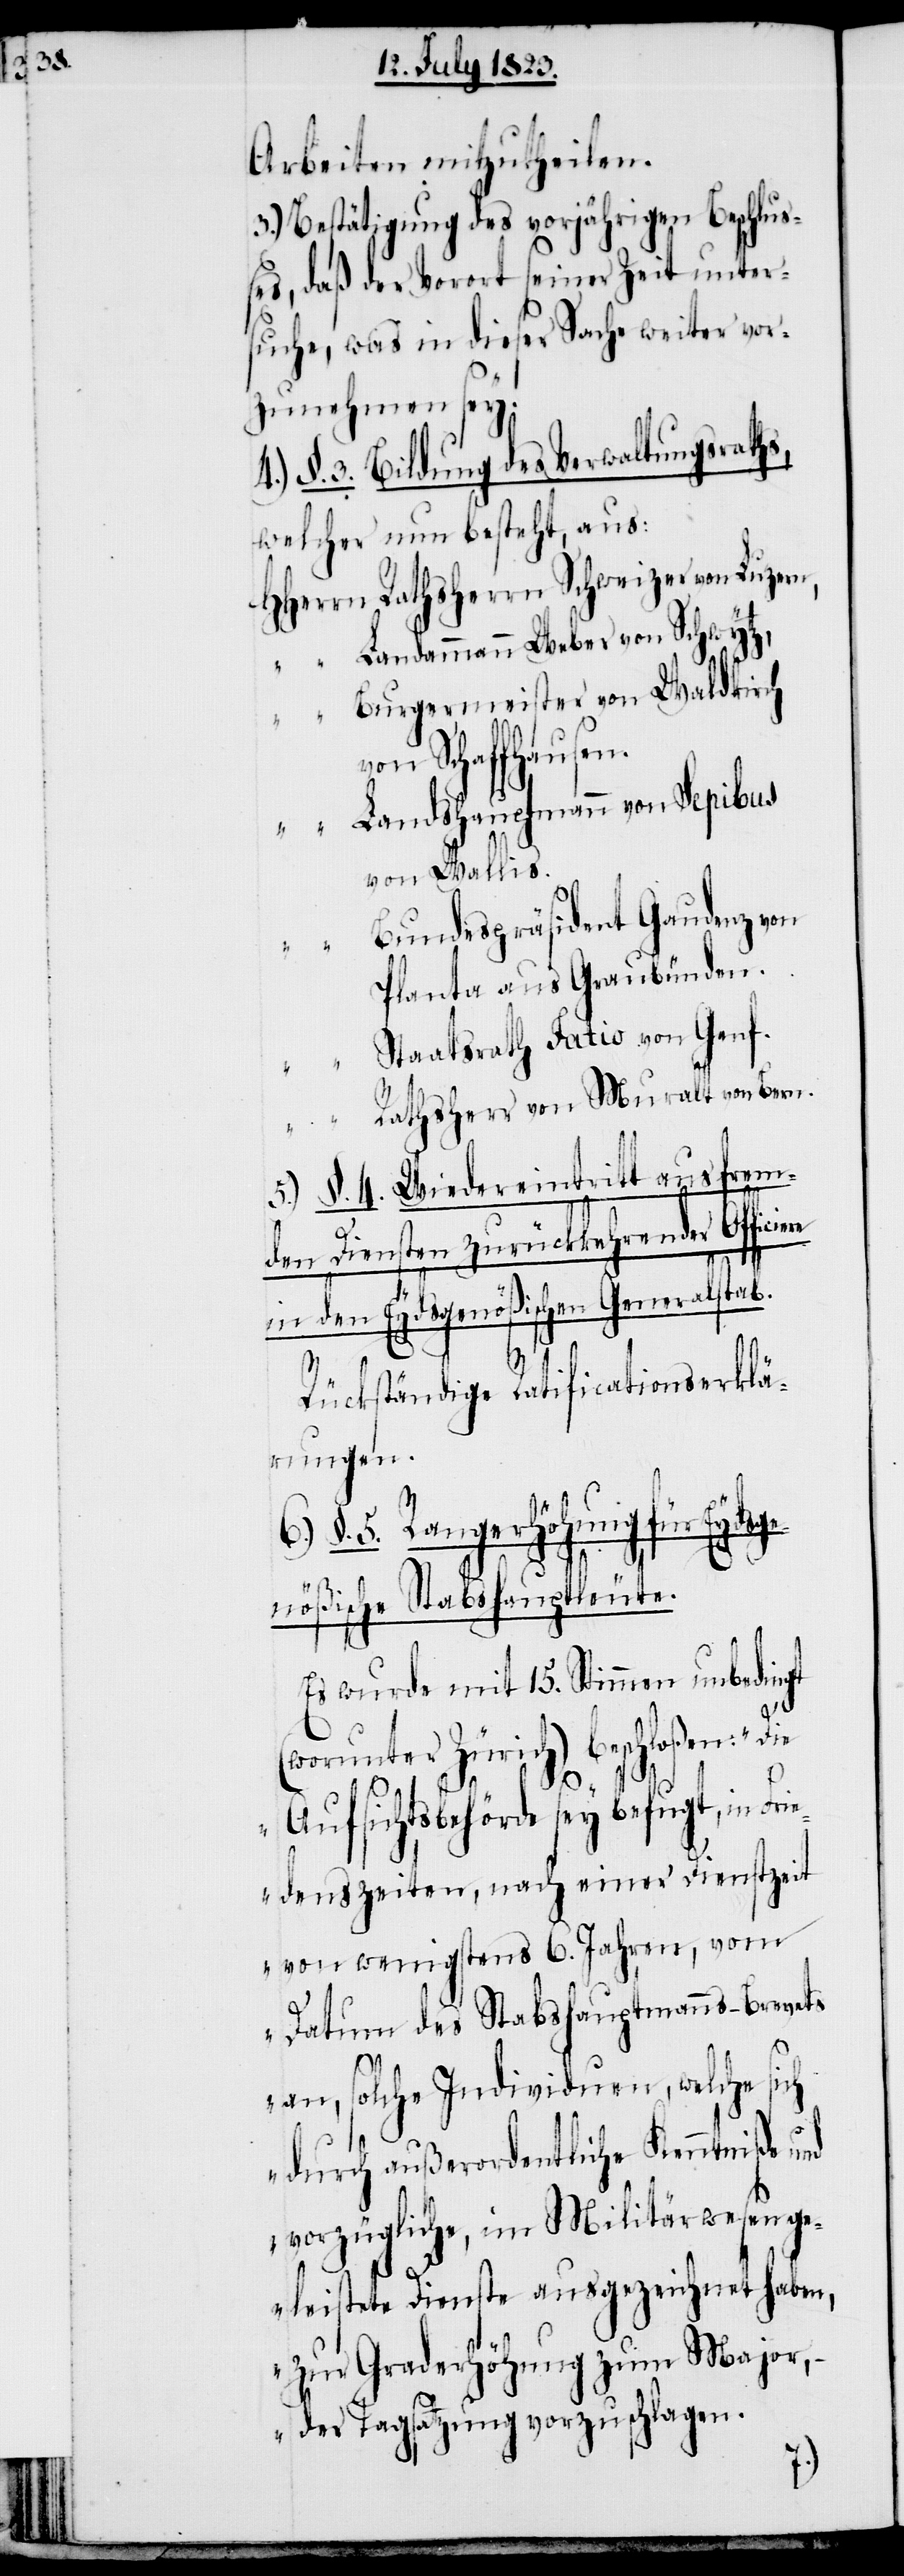
Arbeiten mitzutheilen.
3.) Bestätigung des vorjährigen Beschluß¬
es, daß der Vorort seiner Zeit unter¬
suche, was in dieser Sache weiter vor¬
zunehmen sey.
§. 3. Bildung des Verwaltungsraths,
welcher nun besteht, aus:
HHerrn Rathsherrn Schweizer von Luzern,
„ Landammann Weber von Schwytz,
Burgermeister von Waldkirch
von Schaffhausen.
Landhauptmann von Sepibus
von Wallis.
Bundespräsident Gaudenz von
Planta aus Graubünden.
„ Staatsrath Fatio von Genf.
„ Rathsherr von Muralt von Bern.
5.) §. 4. Wiedereintritt aus frem¬
6.)
den Diensten zurückkehrender Officiere
in den Eydsgenößischen Generalstab.
4.)
Rückständige Ratificationserklä¬
rungen.
§. 5. Rangerhöhung für Eyds¬
genößische Stabshauptleute.
Es wurde mit 15. Stimmen unbedingt
(worunter Zürich) beschloßen: „Die
Aufsichtsbehörde sey befugt, in Fri¬
edenszeiten, nach einer Dienstzeit
von wenigstens 6. Jahren, vom
Datum des Stabshauptmanns-Brevets
an, solche Individuen, welche sich
durch außerordentliche Kenntniße und
vorzügliche, im Militärwesen ge¬
leistete Dienste ausgezeichnet haben,
zur Graderhöhung zum Major,
der Tagsatzung vorzuschlagen.